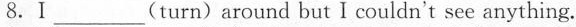
8.I___(turn)around but I couldn't see anything.